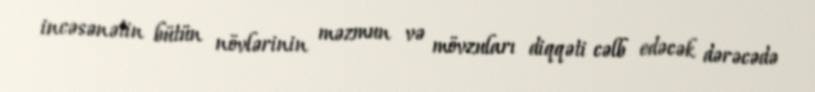
incəsənətin bütün növlərinin məzmun və mövzuları diqqəti cəlb edəcək dərəcədə